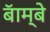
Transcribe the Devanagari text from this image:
बॅाम्बे